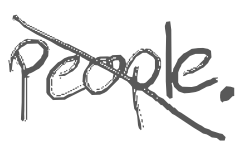
Text: people.
Cross-out: diagonal
Writing tool: digital_gray